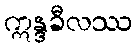
ဣန္ဒခီလဿ